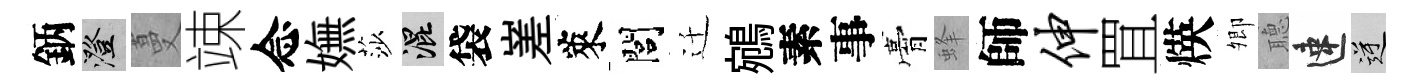
鈵澄蔓竦念嫵莎混袋嵳萊閭迁鵷素事膏蜂師伸罝煐𡖖𦗟速逆